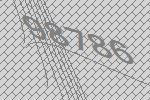
98786